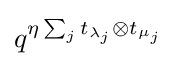
q^{\eta \sum _{j}t_{\lambda _{j}}\otimes t_{\mu _{j}}}